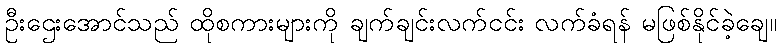
ဦးဌေးအောင်သည် ထိုစကားများကို ချက်ချင်းလက်ငင်း လက်ခံရန် မဖြစ်နိုင်ခဲ့ချေ။